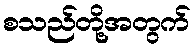
စသည်တို့အတွက်